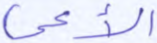
الأعمى